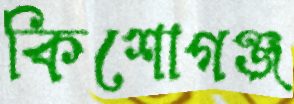
কিশোগঞ্জ